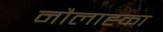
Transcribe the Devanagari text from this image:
नौलाह्का